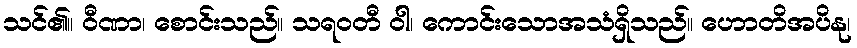
သင်၏။ ဝီဏာ၊ စောင်းသည်။ သရဝတီ ဝါ၊ ကောင်းသောအသံရှိသည်။ ဟောတိအပိနု၊